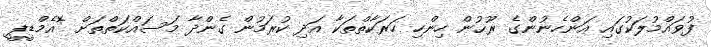
ފުވައްމުލަކުގައި އަންހެނުންގެ ރޫޙުން ހިންހި ހަރަކާތްތަކާ އަދި ކުރަމުން ގެންދާ މަސައްކަތްތަށް *އެމްޑީޕީ